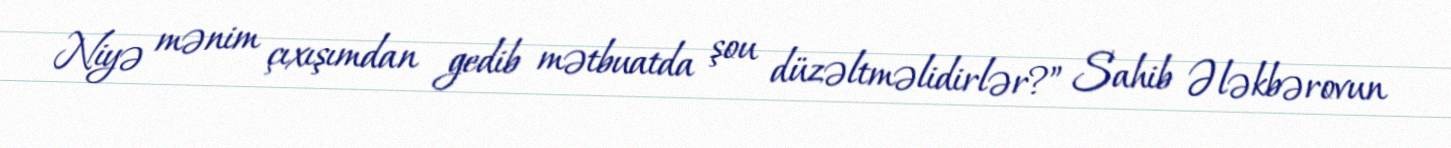
Niyə mənim çıxışımdan gedib mətbuatda şou düzəltməlidirlər?” Sahib Ələkbərovun